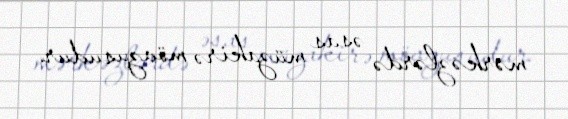
mərkəzlərdə əsas müzakirə mövzusudur.